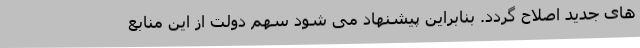
های جدید اصلاح گردد. بنابراین پیشنهاد می شود سهم دولت از این منابع